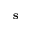
\mathbf { s }